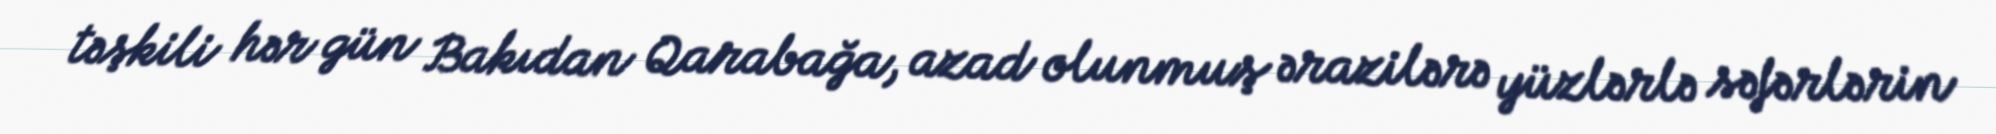
təşkili hər gün Bakıdan Qarabağa, azad olunmuş ərazilərə yüzlərlə səfərlərin